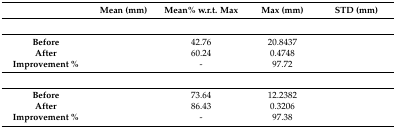
<table><thead><tr><td>[EMPTY_CELL]</td><td><b>Mean (mm)</b></td><td><b>Mean% w.r.t. Max</b></td><td><b>Max (mm)</b></td><td><b>STD (mm)</b></td></tr></thead><tbody><tr><td>[EMPTY_CELL]</td><td colspan="4">[EMPTY_CELL]</td></tr><tr><td><b>Before</b></td><td>[EMPTY_CELL]</td><td>42.76</td><td>20.8437</td><td>[EMPTY_CELL]</td></tr><tr><td><b>After</b></td><td>[EMPTY_CELL]</td><td>60.24</td><td>0.4748</td><td>[EMPTY_CELL]</td></tr><tr><td><b>Improvement %</b></td><td>[EMPTY_CELL]</td><td>-</td><td>97.72</td><td>[EMPTY_CELL]</td></tr><tr><td>[EMPTY_CELL]</td><td colspan="4">[EMPTY_CELL]</td></tr><tr><td><b>Before</b></td><td>[EMPTY_CELL]</td><td>73.64</td><td>12.2382</td><td>[EMPTY_CELL]</td></tr><tr><td><b>After</b></td><td>[EMPTY_CELL]</td><td>86.43</td><td>0.3206</td><td>[EMPTY_CELL]</td></tr><tr><td><b>Improvement %</b></td><td>[EMPTY_CELL]</td><td>-</td><td>97.38</td><td>[EMPTY_CELL]</td></tr></tbody></table>